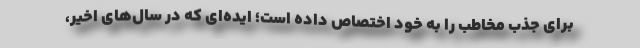
برای جذب مخاطب را به خود اختصاص داده است؛ ایده‌ای که در سال‌های اخیر،